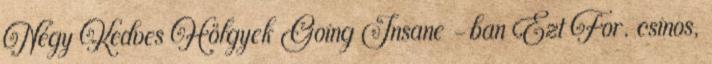
Négy Kedves Hölgyek Going Insane -ban Ezt For. csinos,